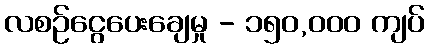
လစဉ်ငွေပေးချေမှု - ၁၅၀,၀၀၀ ကျပ်